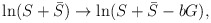
\begin{align*}\ln (S+\bar{S}) \rightarrow \ln (S+\bar{S}-bG) ,\end{align*}